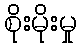
စိုးမိုးမှု